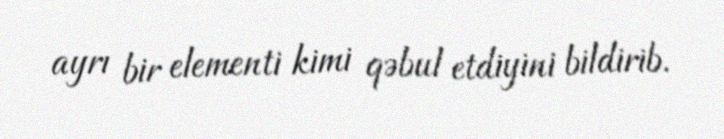
ayrı bir elementi kimi qəbul etdiyini bildirib.